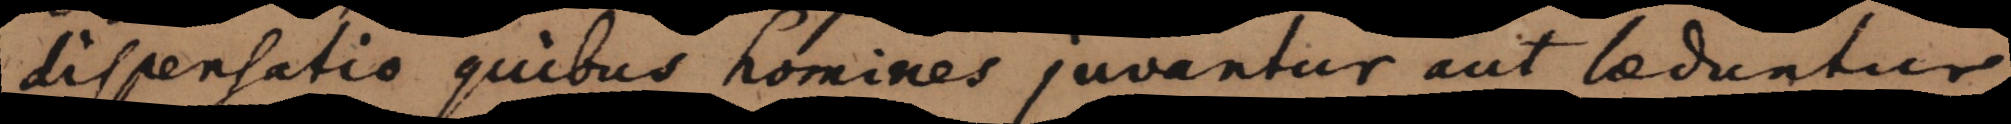
dispensatio quibus homines juvantur aut laeduntur.